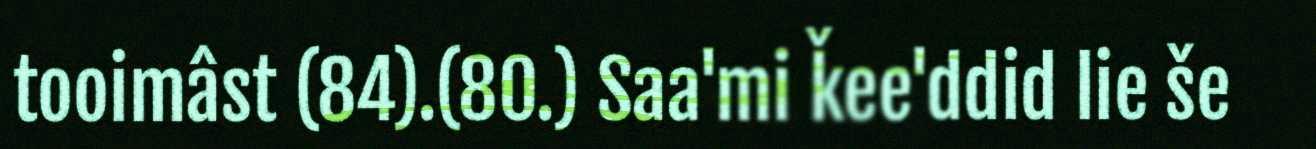
tooimâst (84).(80.) Saa'mi ǩee'ddid lie še